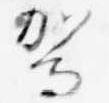
駕